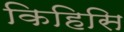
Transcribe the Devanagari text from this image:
किहिसि